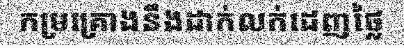
កម្រគ្រោងនឹងដាក់លក់ដេញថ្លៃ